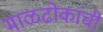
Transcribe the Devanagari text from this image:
माळढोकांची